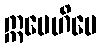
ဣမေဟိပေ